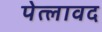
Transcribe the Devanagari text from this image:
पेत्लावद